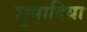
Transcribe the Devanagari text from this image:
शुमादिया